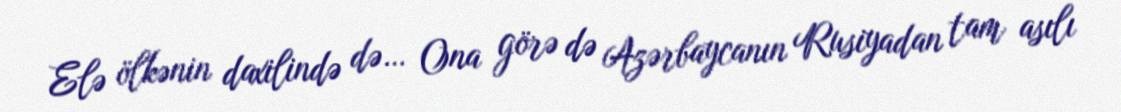
Elə ölkənin daxilində də… Ona görə də Azərbaycanın Rusiyadan tam asılı